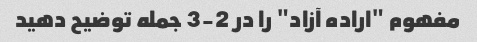
مفهوم "اراده آزاد" را در 2-3 جمله توضیح دهید